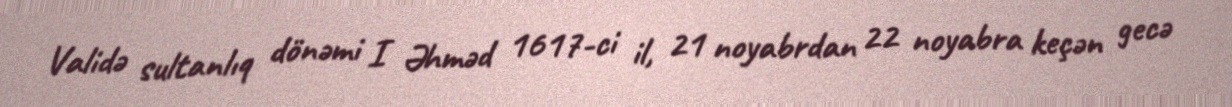
Validə sultanlıq dönəmi I Əhməd 1617-ci il, 21 noyabrdan 22 noyabra keçən gecə